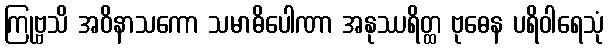
ကြုဗ္ဗသိ အဝိနာသကော သမာဓိပေါဏာ အနုဿရိတ္ထ ဗုဓေန ပရိဝါရေသုံ